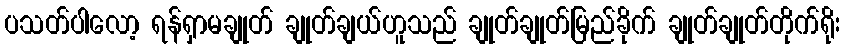
ပသတ်ပါလော့ ရန်ရှာမချုတ် ချုတ်ချယ်ဟူသည် ချုတ်ချုတ်မြည်ခိုက် ချုတ်ချုတ်တိုက်ရိုး